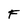
Character: F